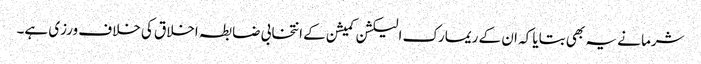
شرما نے یہ بھی بتایا کہ ان کے ریمارک الیکشن کمیشن کے انتخابی ضابطہ اخلاق کی خلاف ورزی ہے۔